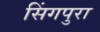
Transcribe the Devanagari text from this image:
सिंगपुरा